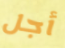
أجل